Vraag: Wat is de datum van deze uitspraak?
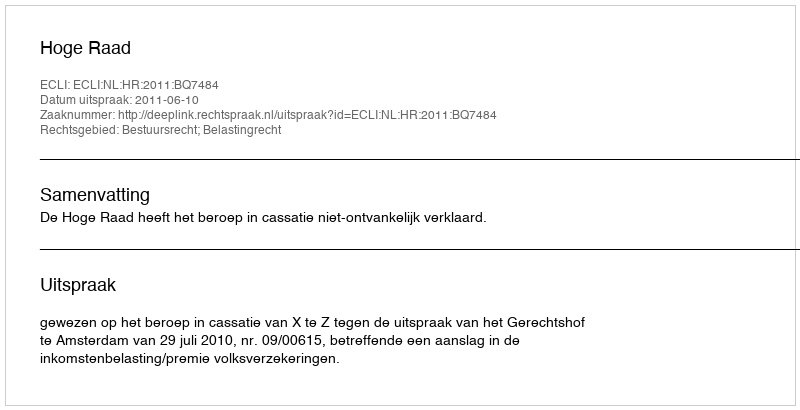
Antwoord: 2011-06-10